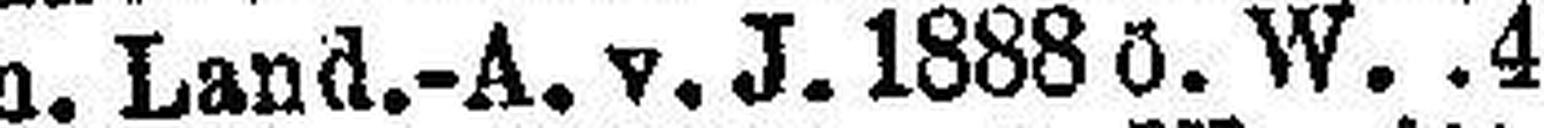
Krain. Land.-A. v. J. 1888 ö W. 4